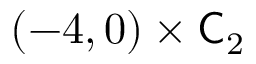
( - 4 , 0 ) \times \mathsf C _ { 2 }